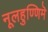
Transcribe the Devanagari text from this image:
नूलहुण्णिमॆ